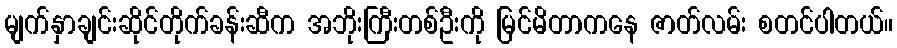
မျက်နှာချင်းဆိုင်တိုက်ခန်းဆီက အဘိုးကြီးတစ်ဦးကို မြင်မိတာကနေ ဇာတ်လမ်း စတင်ပါတယ်။